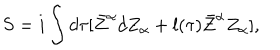
LaTeX: S = i \int d \tau [ \bar { Z } ^ { \alpha } d Z _ { \alpha } + l ( \tau ) \bar { Z } ^ { \alpha } Z _ { \alpha } ] ,